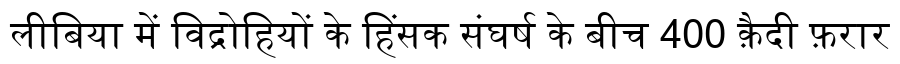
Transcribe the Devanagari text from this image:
लीबिया में विद्रोहियों के हिंसक संघर्ष के बीच 400 क़ैदी फ़रार